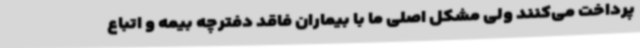
پرداخت می‌کنند ولی مشکل اصلی ما با بیماران فاقد دفترچه بیمه و اتباع